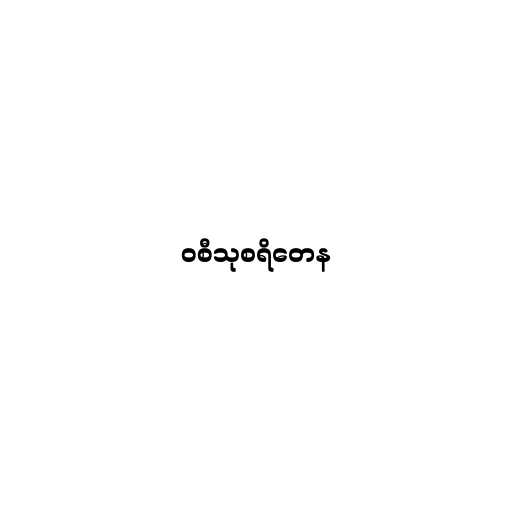
ဝစီသုစရိတေန